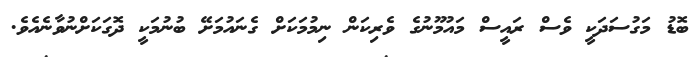
ބޮޑު މަގުސަދަކީ ވެސް ރައީސް މައުމޫނުގެ ވެރިކަން ނިމުމަކަށް ގެނައުމަށޭ ބުނުމަކީ ދޮގަކަށްނުވާނެއެވެ.